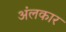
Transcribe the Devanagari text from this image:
अंलकार